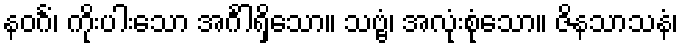
နဝင်္ဂံ၊ ကိုးပါးသော အင်္ဂါရှိသော။ သဗ္ဗံ၊ အလုံးစုံသော။ ဇိနသာသနံ၊